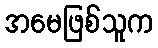
အမေဖြစ်သူက